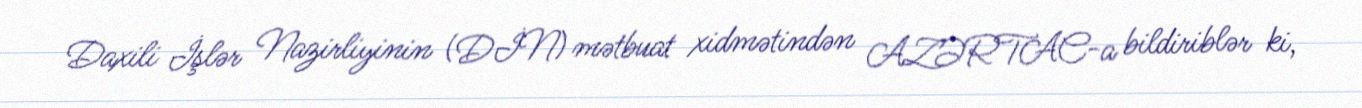
Daxili İşlər Nazirliyinin (DİN) mətbuat xidmətindən AZƏRTAC-a bildiriblər ki,